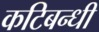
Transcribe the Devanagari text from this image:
कटिबन्धी